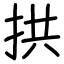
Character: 拱